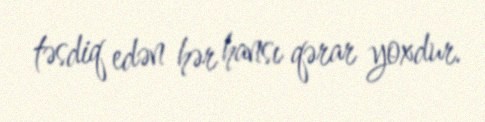
təsdiq edən hər hansı qərar yoxdur.